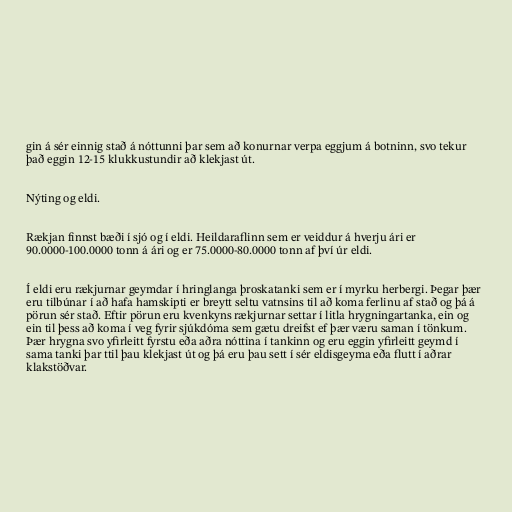
gin á sér einnig stað á nóttunni þar sem að konurnar verpa eggjum á botninn, svo tekur
það eggin 12-15 klukkustundir að klekjast út.

Nýting og eldi.

Rækjan finnst bæði í sjó og í eldi. Heildaraflinn sem er veiddur á hverju ári er
90.0000-100.0000 tonn á ári og er 75.0000-80.0000 tonn af því úr eldi.

Í eldi eru rækjurnar geymdar í hringlanga þroskatanki sem er í myrku herbergi. Þegar þær
eru tilbúnar í að hafa hamskipti er breytt seltu vatnsins til að koma ferlinu af stað og þá á
pörun sér stað. Eftir pörun eru kvenkyns rækjurnar settar í litla hrygningartanka, ein og
ein til þess að koma í veg fyrir sjúkdóma sem gætu dreifst ef þær væru saman í tönkum.
Þær hrygna svo yfirleitt fyrstu eða aðra nóttina í tankinn og eru eggin yfirleitt geymd í
sama tanki þar ttil þau klekjast út og þá eru þau sett í sér eldisgeyma eða flutt í aðrar
klakstöðvar.